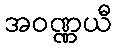
အဝဏ္ဏယီ